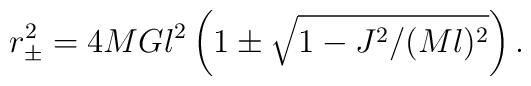
r_{\pm}^{2} = 4 M G l^{2} \left(1 \pm  \sqrt{1-J^{2}/ (M l)^{2}} \right).